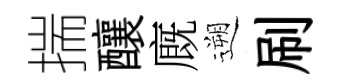
揣釀廐遡刷